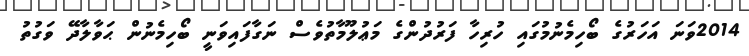
2014ވަނަ އަހަރުގެ ބޯހިމެނުމުގައި ހުރިހާ ފަރުދުންގެ މަޢުލޫމާތުވެސް ނަގާފައިވަނީ ބޯހިމެނުން ޙަވާލާދޭ ވަގުތު